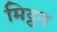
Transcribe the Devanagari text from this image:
मिट्ठन